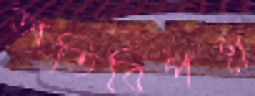
অতিবিপন্ন